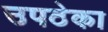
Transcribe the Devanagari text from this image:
उपठेका